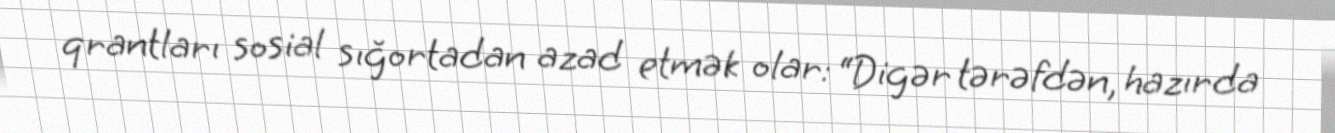
qrantları sosial sığortadan azad etmək olar: “Digər tərəfdən, hazırda